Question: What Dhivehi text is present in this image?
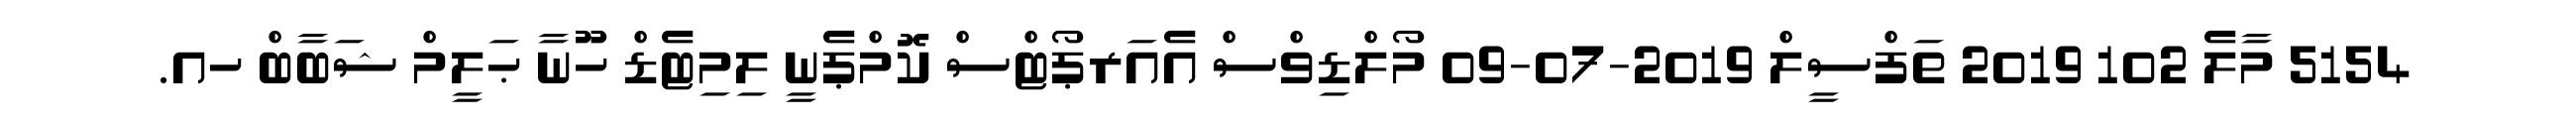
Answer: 5154 މާލެ 102 2019 ތަފްސީލް 2019-07-09 މޯލްޑިވްސް އެއަރޕޯޓްސް ކޮމްޕެނީ ލިމިޓެޑް ހޫނާ ޙަލީމް ޝަބާބް ހއ.